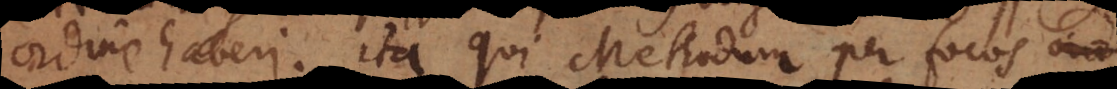
ordine haberi. Ita qui Methodum per focos